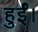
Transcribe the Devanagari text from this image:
हुर्ईं।